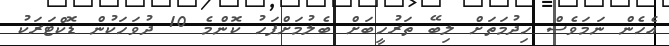
އެހެން ނަމަވެސް ހިދުމަތަށް ލިބޭ ތަރުހީބަށް ބެލުމަށްފަހު ކޮންމެ 10 ދުވަހަކުން ޑޮކްޓަރަކު